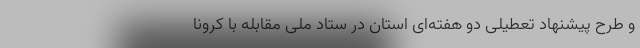
و طرح پیشنهاد تعطیلی دو هفته‌ای استان در ستاد ملی مقابله با کرونا